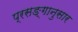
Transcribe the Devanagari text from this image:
प्रसङ्गानुसार